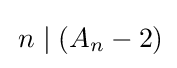
\,n\mid (A_{n}-2)